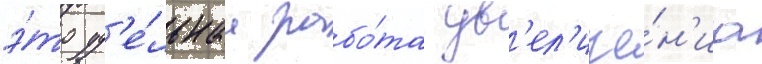
э́то уд'е́льнаа рабо́та ув'ел'иче́н'иа